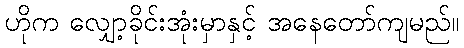
ဟိုက လျှော့ခိုင်းအုံးမှာနှင့် အနေတော်ကျမည်။